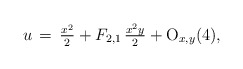
\begin{align*}u\,=\,\tfrac{x^2}{2} +F_{2,1}\,\tfrac{x^2y}{2}+{\rm O}_{x,y}(4),\end{align*}